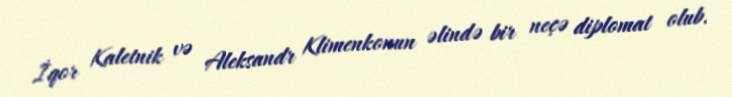
İqor Kaletnik və Aleksandr Klimenkonun əlində bir neçə diplomat olub.